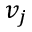
v _ { j }